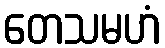
တေသမဟံ